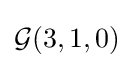
{\mathcal {G}}(3,1,0)